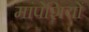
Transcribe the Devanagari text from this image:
मांपेशियों